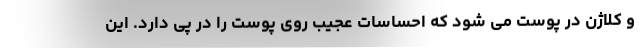
و کلاژن در پوست می شود که احساسات عجیب روی پوست را در پی دارد. این